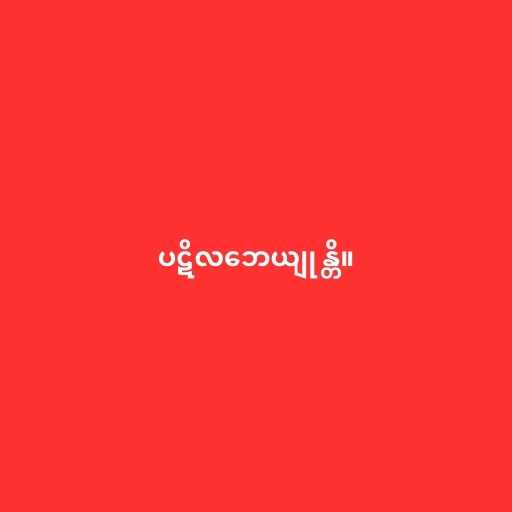
ပဋိလဘေယျုန္တိ။